Indian journal of veterinary science and animal husbandry - Volume 4,
Year: 1934
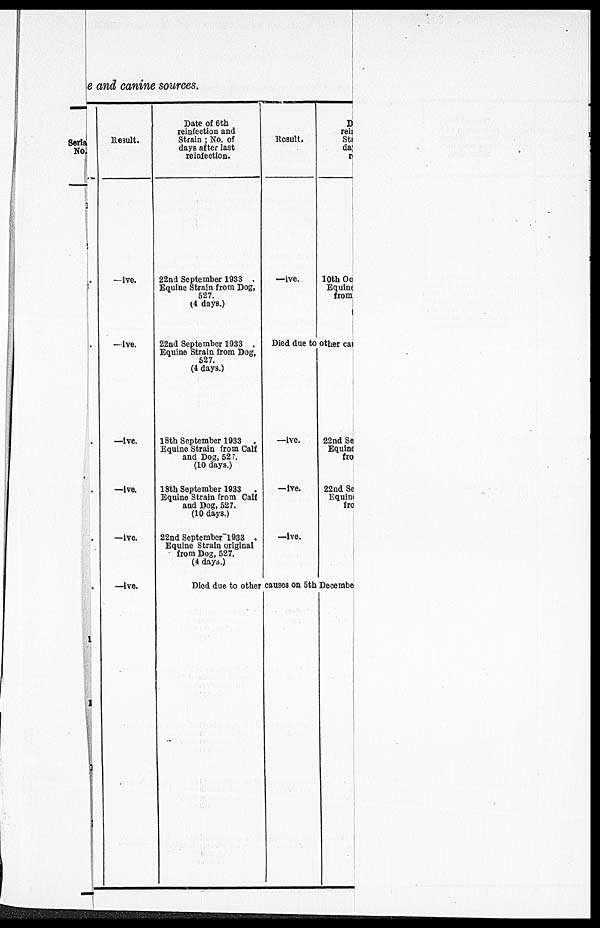
e and canine sources.
Serial
No.
.
.
.
.
.
1
1
Result.
—ive.
— ive.
—ive.
—ive.
—ive.
—ive.
Date of 6th
reinfection and
Strain ; No. of
days after last
reinfection.
22nd September 1933 .
Equine Strain from Dog,
527.
(4 days.)
22nd September 1933 .
Equine Strain from Dog,
527.
(4 days.)
18th September 1933 .
Equine Strain from Calf
and Dog, 527.
(10 days.)
18th September 1933 .
Equine Strain from Calf
and Dog, 527.
(10 days.)
22nd September l933 .
Equine Strain original
from Dog, 527.
(4 days.)
Results.
—ive.
D
rei
Sti
da
n
10th Oc
Equine
from
Died due to
other ca
—ive.
—ive.
—ive.
22nd Se
Equin
fro
22nd Se
Equlm
fro
Died due to other causes on 5th December